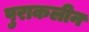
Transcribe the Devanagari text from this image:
पुराकलीन